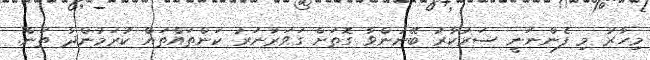
މިހާރު މި ފެންނަނީ ސަރުކާރު ބޭނުންވާ ގޮތަށް ގަވަރުނަރު ކަންތައްތައް ކުރަމުންދާ ތަން.